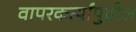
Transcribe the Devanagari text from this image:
वापरकर्त्यांपुढील